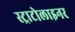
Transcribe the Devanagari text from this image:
स्ट्राटोलाइनर